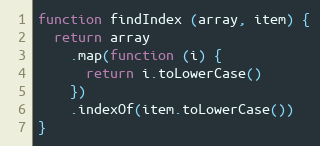
Language: JavaScript
function findIndex (array, item) {
  return array
    .map(function (i) {
      return i.toLowerCase()
    })
    .indexOf(item.toLowerCase())
}